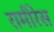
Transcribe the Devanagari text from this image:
रामीरेस